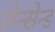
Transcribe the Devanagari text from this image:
लेन्सेन्ड